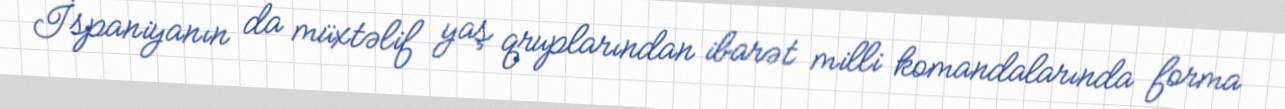
İspaniyanın da müxtəlif yaş qruplarından ibarət milli komandalarında forma